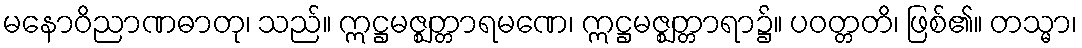
မနောဝိညာဏဓာတု၊ သည်။ ဣဋ္ဌမဇ္ဈတ္တာရမဏေ၊ ဣဋ္ဌမဇ္ဈတ္တာရာ၌။ ပဝတ္တတိ၊ ဖြစ်၏။ တသ္မာ၊